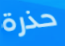
حذرة